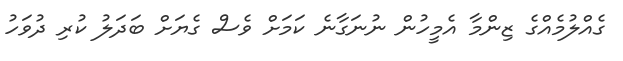
ގެއްލުމެއްގެ ޒިންމާ އެމީހުން ނުނަގާނެ ކަމަށް ވެސް ގެޔަށް ބަދަލު ކުރި ދުވަހު